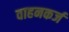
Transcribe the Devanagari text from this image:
वाहनकर्ज